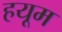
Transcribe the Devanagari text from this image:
हयूम